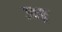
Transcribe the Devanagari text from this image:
ज्वर्